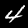
Digit: 4